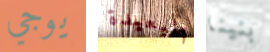
يوجي البعيدة بنينا